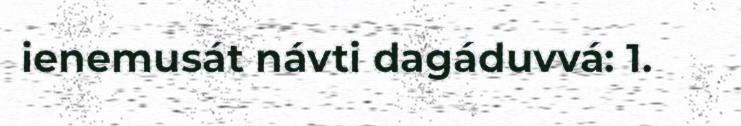
ienemusát návti dagáduvvá: 1.